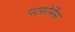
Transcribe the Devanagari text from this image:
परफ़ोर्मेंस